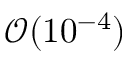
\mathcal { O } ( 1 0 ^ { - 4 } )